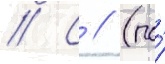
// С // (по́